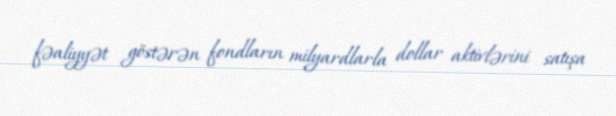
fəaliyyət göstərən fondların milyardlarla dollar aktivlərini satışa